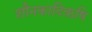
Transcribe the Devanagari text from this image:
शौनकादिऋषि